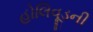
હોલિવૂડની